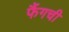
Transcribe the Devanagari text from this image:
फैंगची